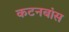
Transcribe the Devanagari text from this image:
कटनबांस